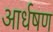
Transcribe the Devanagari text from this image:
आर्धषण